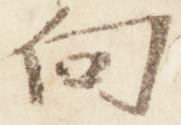
向